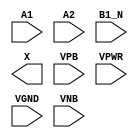
/**
 * Copyright 2020 The SkyWater PDK Authors
 *
 * Licensed under the Apache License, Version 2.0 (the "License");
 * you may not use this file except in compliance with the License.
 * You may obtain a copy of the License at
 *
 *     https://www.apache.org/licenses/LICENSE-2.0
 *
 * Unless required by applicable law or agreed to in writing, software
 * distributed under the License is distributed on an "AS IS" BASIS,
 * WITHOUT WARRANTIES OR CONDITIONS OF ANY KIND, either express or implied.
 * See the License for the specific language governing permissions and
 * limitations under the License.
 *
 * SPDX-License-Identifier: Apache-2.0
 */

`ifndef SKY130_FD_SC_HDLL__O21BA_PP_SYMBOL_V
`define SKY130_FD_SC_HDLL__O21BA_PP_SYMBOL_V

/**
 * o21ba: 2-input OR into first input of 2-input AND,
 *        2nd input inverted.
 *
 *        X = ((A1 | A2) & !B1_N)
 *
 * Verilog stub (with power pins) for graphical symbol definition
 * generation.
 *
 * WARNING: This file is autogenerated, do not modify directly!
 */

`timescale 1ns / 1ps
`default_nettype none

(* blackbox *)
module sky130_fd_sc_hdll__o21ba (
    //# {{data|Data Signals}}
    input  A1  ,
    input  A2  ,
    input  B1_N,
    output X   ,

    //# {{power|Power}}
    input  VPB ,
    input  VPWR,
    input  VGND,
    input  VNB
);
endmodule

`default_nettype wire
`endif  // SKY130_FD_SC_HDLL__O21BA_PP_SYMBOL_V